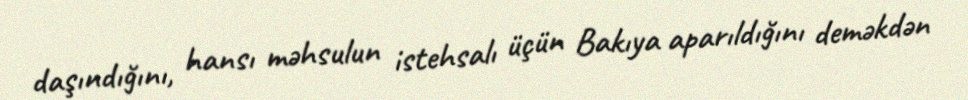
daşındığını, hansı məhsulun istehsalı üçün Bakıya aparıldığını deməkdən